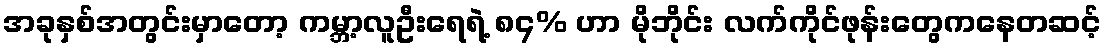
အခုနှစ်အတွင်းမှာတော့ ကမ္ဘာ့လူဦးရေရဲ့ ၈၄% ဟာ မိုဘိုင်း လက်ကိုင်ဖုန်းတွေကနေတဆင့်